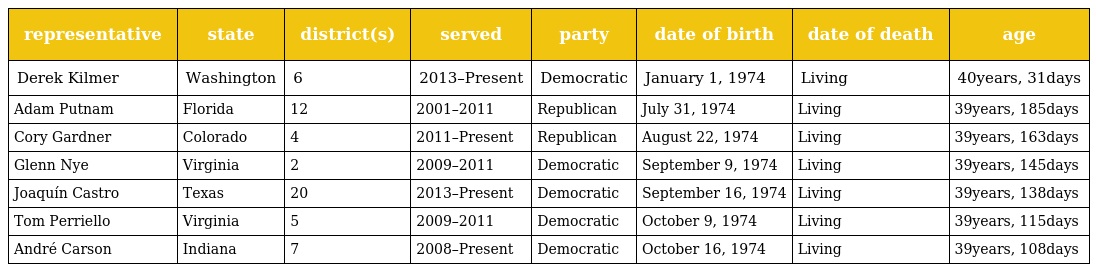
| representative | state | district(s) | served | party | date of birth | date of death | age |
 | --- | --- | --- | --- | --- | --- | --- | --- |
 | Derek Kilmer | Washington | 6 | 2013–Present | Democratic | January 1, 1974 | Living | 40years, 31days |
 | Adam Putnam | Florida | 12 | 2001–2011 | Republican | July 31, 1974 | Living | 39years, 185days |
 | Cory Gardner | Colorado | 4 | 2011–Present | Republican | August 22, 1974 | Living | 39years, 163days |
 | Glenn Nye | Virginia | 2 | 2009–2011 | Democratic | September 9, 1974 | Living | 39years, 145days |
 | Joaquín Castro | Texas | 20 | 2013–Present | Democratic | September 16, 1974 | Living | 39years, 138days |
 | Tom Perriello | Virginia | 5 | 2009–2011 | Democratic | October 9, 1974 | Living | 39years, 115days |
 | André Carson | Indiana | 7 | 2008–Present | Democratic | October 16, 1974 | Living | 39years, 108days |